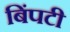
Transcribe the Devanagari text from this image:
बिंपटी